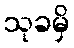
သုခမှိ